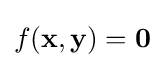
f({\textbf {x}},{\textbf {y}})={\textbf {0}}